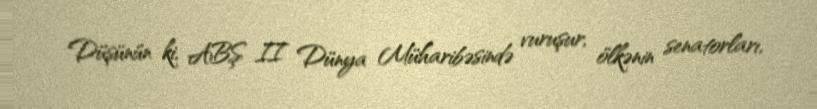
Düşünün ki, ABŞ II Dünya Müharibəsində vuruşur, ölkənin senatorları,